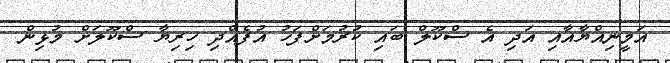
އަމީނިއްޔާއާއި އަދި އެ ސްކޫލް ބައި ކުރުމަށްފަހު އުފެއްދި ހިރިޔާ ސްކޫލަށް މުޅިން